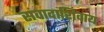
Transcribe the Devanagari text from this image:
संवादाशिवाय